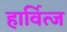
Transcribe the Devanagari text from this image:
हार्वित्ज